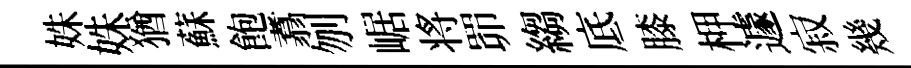
姝姝猶蘇飽翥刎崌将𦊑縐底膝柙遽寂幾